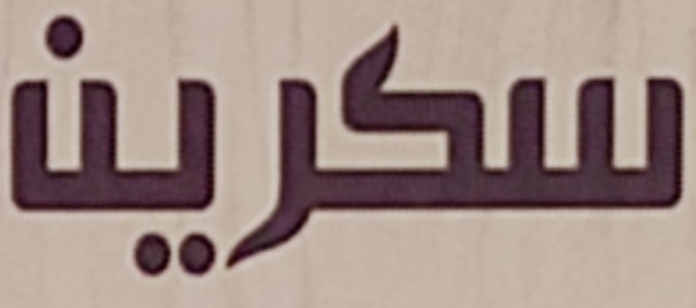
سكرين